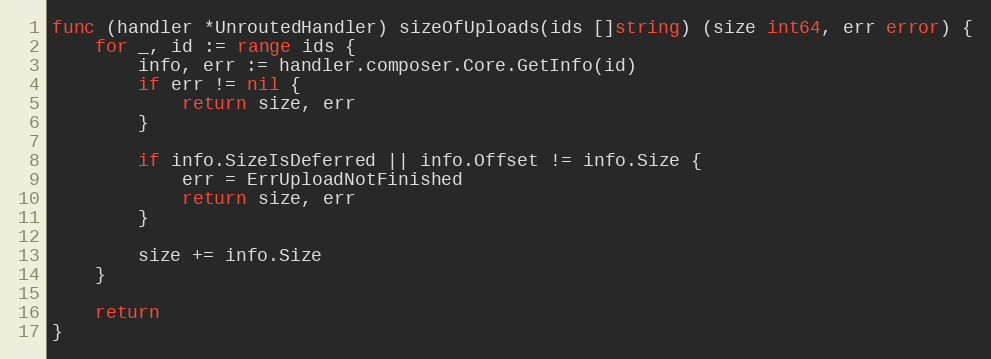
Language: Go
func (handler *UnroutedHandler) sizeOfUploads(ids []string) (size int64, err error) {
	for _, id := range ids {
		info, err := handler.composer.Core.GetInfo(id)
		if err != nil {
			return size, err
		}

		if info.SizeIsDeferred || info.Offset != info.Size {
			err = ErrUploadNotFinished
			return size, err
		}

		size += info.Size
	}

	return
}